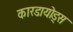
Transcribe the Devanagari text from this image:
कारडायोड्स